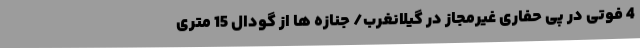
4 فوتی در پی حفاری غیرمجاز در گیلانغرب/ جنازه ها از گودال 15 متری